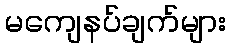
မကျေနပ်ချက်များ